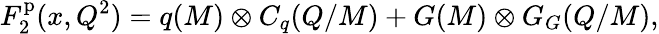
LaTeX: F_{2}^{\mathrm{p}}(x,Q^{2})=q(M)\otimes C_{q}(Q/M)+G(M)\otimes G_{G}(Q/M),